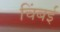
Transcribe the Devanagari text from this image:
चिंबई